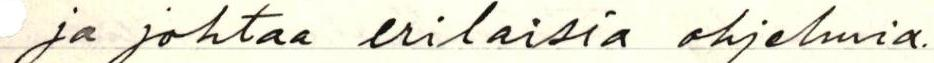
ja johtaa erilaisia ohjelmia.